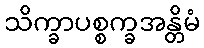
သိက္ခာပစ္စက္ခအန္တိမံ